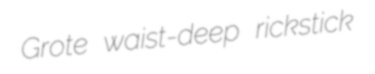
Grote waist-deep rickstick